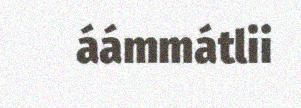
áámmátlii